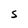
Character: S